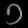
Digit: ၁